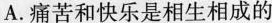
A.痛苦和快乐是相生相成的